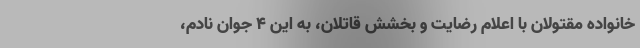
خانواده مقتولان با اعلام رضایت و بخشش قاتلان، به این ۴ جوان نادم،